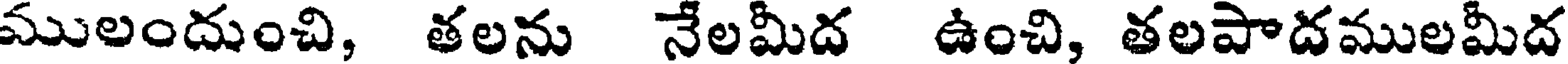
ములందుంచి, తలను నేలమీద ఉంచి, తలపాదములమీద